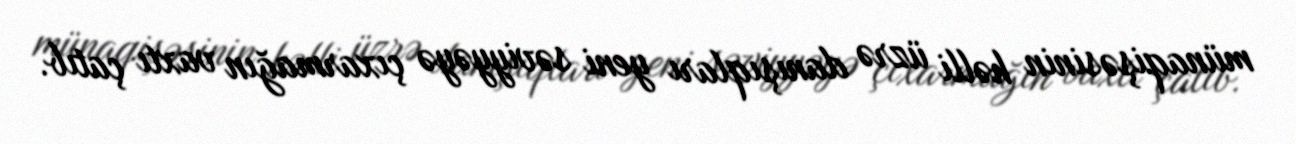
münaqişəsinin həlli üzrə danışıqları yeni səviyyəyə çıxarmağın vaxtı çatıb.